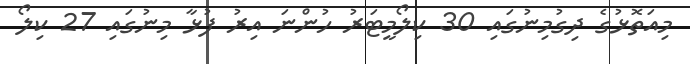
މިއަތޮޅުގެ ދިގުމިނުގައި 30 ކިލޯމީޓަރު ހުންނަ އިރު ފުޅާ މިނުގައި 27 ކިލޯ